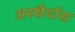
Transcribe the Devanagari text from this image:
अस्थैर्यास